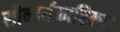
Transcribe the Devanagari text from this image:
सौन्दर्यकारिका।